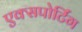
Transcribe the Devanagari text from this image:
एक्सपोर्टिंग